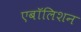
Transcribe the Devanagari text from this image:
एबॉलिशन